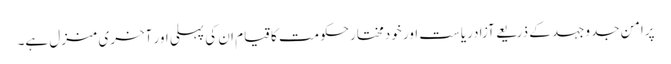
پرامن جدوجہد کے ذریعے آزادریاست اور خودمختارحکومت کاقیام ان کی پہلی اور آخری منزل ہے۔